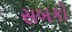
સબકો